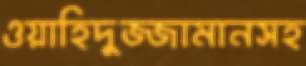
ওয়াহিদুজ্জামানসহ